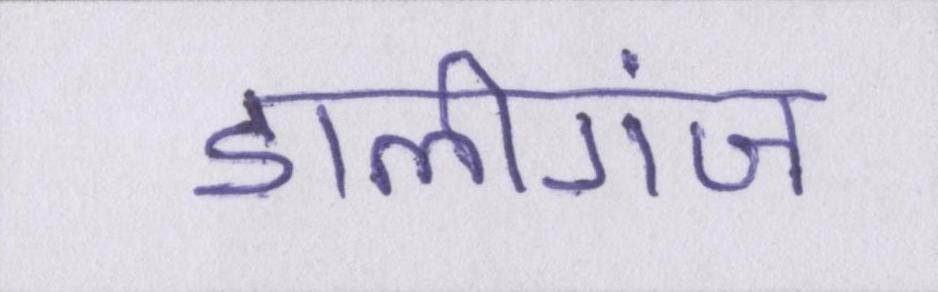
डालीगंज